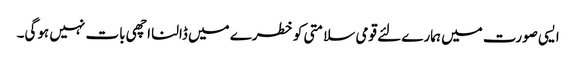
ایسی صورت میں ہمارے لئے قومی سلامتی کو خطرے میں ڈالنا اچھی بات نہیں ہوگی۔